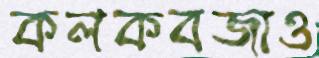
কলকবজাও